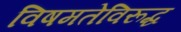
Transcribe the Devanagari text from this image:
विषमतेविरूद्ध